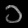
Digit: ၁